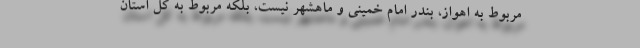
مربوط به اهواز، بندر امام خمینی و ماهشهر نیست، بلکه مربوط به کل استان